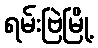
ရမ်းဗြဲမြို့